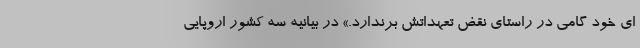
ای خود گامی در راستای نقض تعهداتش برندارد.» در بیانیه سه کشور اروپایی